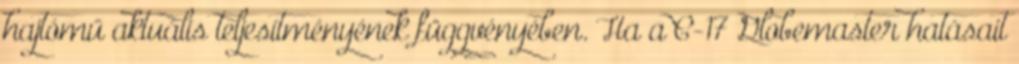
hajtómű aktuális teljesítményének függvényében. Ha a C-17 Globemaster hatásait